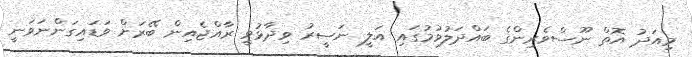
މިއަދު އޮތް ނޫސްވެރިންގެ ބައްދަލުވުމުގައި އަލީ ނަސީރު ވިދާޅުވީ ރާއްޖެއިން ބޭރަށް ވަޑައިގަންނަވަނީ